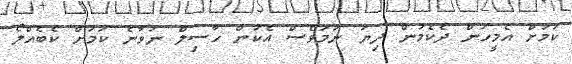
ކަމަށް އެމީހުން ދެކެމުން ދިޔަ ނަމަވެސް އެކަން ހާސިލް ނުވާނެ ކަމަށް ކެބެއްލޯ